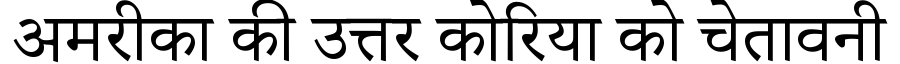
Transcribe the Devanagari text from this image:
अमरीका की उत्तर कोरिया को चेतावनी